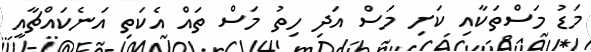
މަޑު މަސްތަކާއި ކަށި މަސް އަދި ހިތު މަސް ތައް އެކަތި އަނެކައްޗާއި